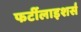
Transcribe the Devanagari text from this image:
फर्टीलाइशर्स